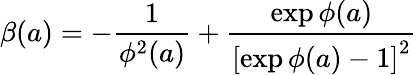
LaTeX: \beta(a)=-\frac{1}{\phi^{2}(a)}+\frac{\exp{\phi(a)}}{\left[\exp{\phi(a)}-1\right]^{2}}